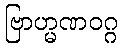
ဗြာဟ္မဏဝဂ္ဂ